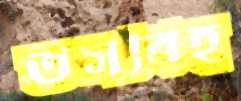
তসবিহ